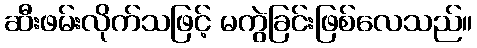
ဆီးဖမ်းလိုက်သဖြင့် မကွဲခြင်းဖြစ်လေသည်။